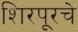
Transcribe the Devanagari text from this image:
शिरपूरचे